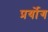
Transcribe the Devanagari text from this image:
प्रर्योग